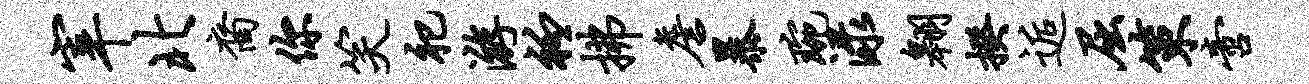
宰北裔你笑祀游衽拂詹暴琬渌翱揆逅屈策啻